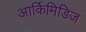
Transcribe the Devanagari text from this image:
आर्किमिडिज